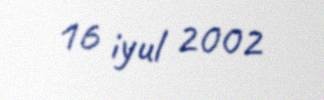
16 iyul 2002